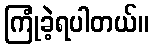
ကြုံခဲ့ရပါတယ်။